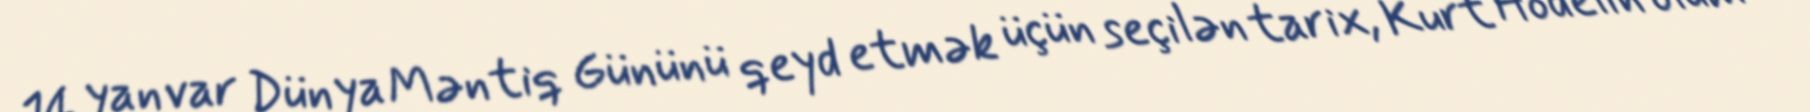
14 yanvar Dünya Məntiq Gününü qeyd etmək üçün seçilən tarix, Kurt Hödelin ölüm